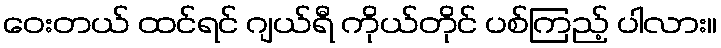
ဝေးတယ် ထင်ရင် ဂျယ်ရီ ကိုယ်တိုင် ပစ်ကြည့် ပါလား။